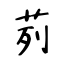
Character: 茢